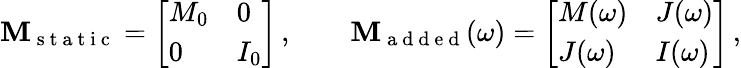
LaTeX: \mathbf{M}_{\mathrm{~s~t~a~t~i~c~}}=\left[\begin{array}{ll}{M_{0}}&{0}\\ {0}&{I_{0}}\end{array}\right]\, ,\qquad\mathbf{M}_{\mathrm{~a~d~d~e~d~}}(\omega)=\left[\begin{array}{ll}{M(\omega)}&{J(\omega)}\\ {J(\omega)}&{I(\omega)}\end{array}\right]\, ,